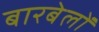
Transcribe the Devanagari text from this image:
बारबेलों